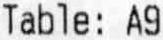
TABLE: A9